system: You are a helpful assistant.
user:
Analyze the provided spectrum to determine if it is a **"Cataclysmic Variables (CV)"**.

- **Key Indicators for CV (Check for either state):**
    - **State 1: Quiescent / Low-State (Emission-Dominated)**
        - **(Primary):** Strong and *very broad* Hydrogen Balmer emission lines (e.g., $H\alpha$ at 6563 Å, $H\beta$ at 4861 Å). The 'broadness' (high velocity dispersion, often FWHM > 1000 km/s) is the key diagnostic, indicating a high-velocity accretion disk.
        - **(Secondary):** Broad neutral Helium (He I) emission lines (e.g., 5876 Å, 6678 Å).
        - **(Key Confirmation):** Presence of high-excitation *ionized* Helium (He II) emission at 4686 Å. This is a strong indicator of accretion onto a white dwarf.
        - **(Line Profile):** Emission lines may exhibit a 'double-peaked' profile, which is a classic signature of a rotating accretion disk viewed at high inclination.

    - **State 2: Outburst / High-State (Absorption-Dominated)**
        - **(Primary):** Spectrum is dominated by a bright, blue continuum (looks like a hot star).
        - **(Secondary):** The emission lines from State 1 are weak, absent, or 'filled in', and are replaced by broad, shallow *absorption* lines (primarily Balmer and He I).
        - **(Morphology):** The overall spectrum mimics a hot B/A-type star. The crucial difference is that the absorption lines are significantly broader, shallower, and more 'washed-out' (or 'smeared') than the sharp lines of a normal stellar photosphere, due to high rotational speeds and pressure broadening in the disk.

Think first, call **spectral_visualization_tool** if needed to examine features in detail, then provide your final answer. Your response must adhere to the following strict rules:
1.  **Overall Structure:** Your response must follow the format `<think>...</think> <tool_call>...</tool_call> (if a tool is used) <answer>...</answer>`.
2.  **Tool Usage Constraint:** You may only make **one** tool call per turn.
3.  **Final Answer Format:** In the `<answer>` tag, your conclusion must be inside a `\boxed{}` command (e.g., `\boxed{YES}`), followed by your justification.

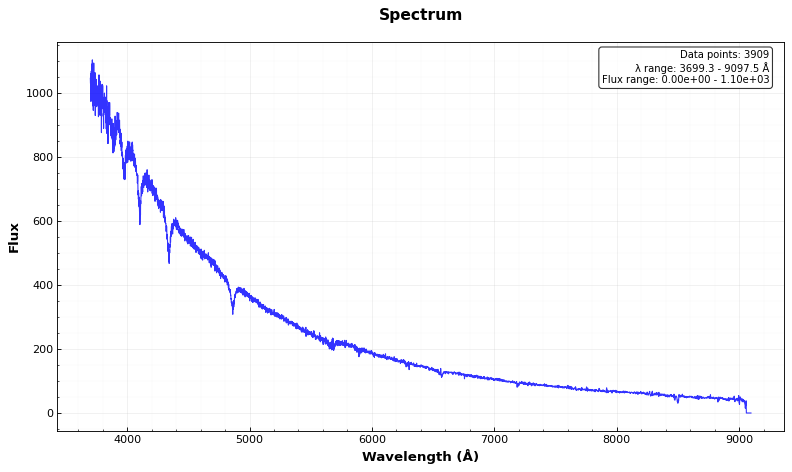
Answer: YES